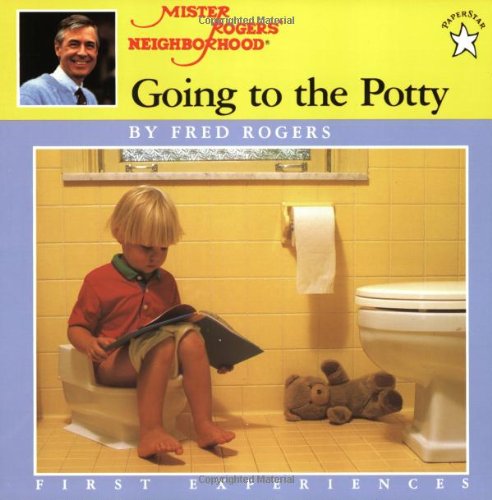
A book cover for Going to the Potty (Mr. Rogers); Fred Rogers; Medical Books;